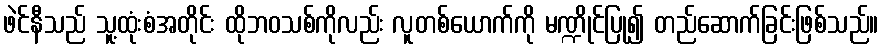
ဖဲင်နီသည် သူ့ထုံးစံအတိုင်း ထိုဘဝသစ်ကိုလည်း လူတစ်ယောက်ကို မဏ္ဍိုင်ပြု၍ တည်ဆောက်ခြင်းဖြစ်သည်။